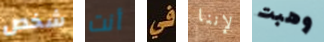
شخص أنت في لإننا وهبت